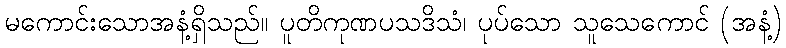
မကောင်းသောအနံ့ရှိသည်။ ပူတိကုဏပသဒိသံ၊ ပုပ်သော သူသေကောင် (အနံ့)